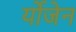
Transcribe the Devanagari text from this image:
र्योजेन